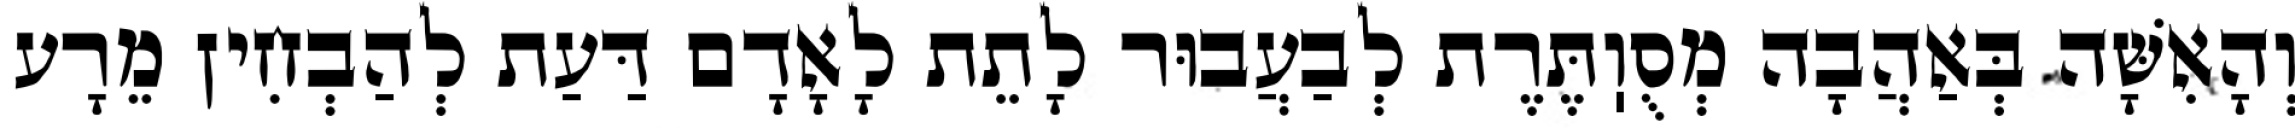
וְהָאִשָּׁה בְּאַהֲבָה מְסֻוֽתֶּרֶת לְבַעֲבוּר לָתֵת לָאָדָם דַּעַת לְהַבְחִין מֵרָע